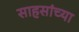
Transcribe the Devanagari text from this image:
साहसांच्या